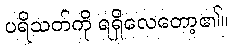
ပရိသတ်ကို ရရှိလေတော့၏။